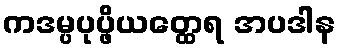
ကဒမ္ပပုပ္ဖိယတ္ထေရ အပဒါန